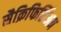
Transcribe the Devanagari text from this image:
सैक्रिफिसिंअम